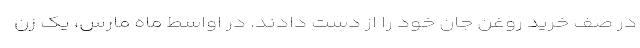
در صف خرید روغن جان خود را از دست دادند. در اواسط ماه مارس، یک زن